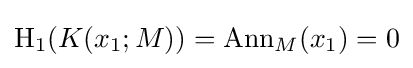
\operatorname {H} _{1}(K(x_{1};M))=\operatorname {Ann} _{M}(x_{1})=0